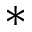
^ *